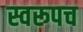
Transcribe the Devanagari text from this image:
स्वरूपच